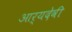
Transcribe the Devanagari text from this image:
आर्यदेवी